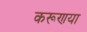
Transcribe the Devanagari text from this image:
करूणया